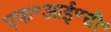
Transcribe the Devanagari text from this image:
एफ॰आई॰सी॰